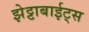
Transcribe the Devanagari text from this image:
झेट्टाबाईट्स